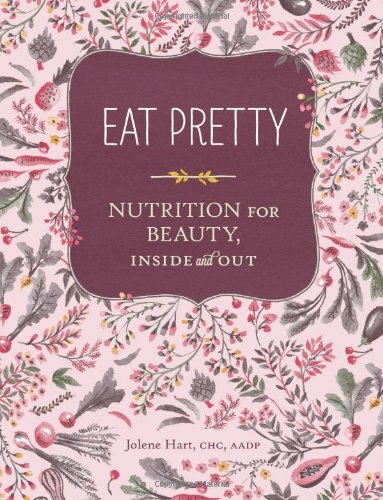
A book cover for Eat Pretty: Nutrition for Beauty, Inside and Out; Jolene Hart; Health, Fitness & Dieting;